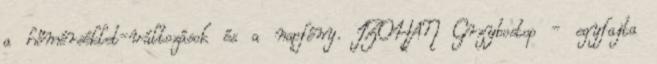
a hőmérséklet-változások és a napfény. IZOHAN Grzybostop - egyfajta